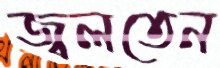
জ্বলতেন